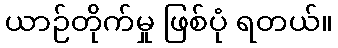
ယာဉ်တိုက်မှု ဖြစ်ပုံ ရတယ်။